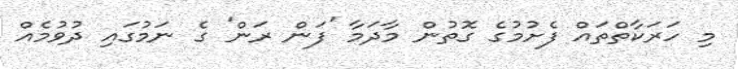
މި ހަރަކާތްތައް ފެށުމުގެ ގޮތުން މާދަމާ 'ފަން ރަން' ގެ ނަމުގައި ދުވުމެއް